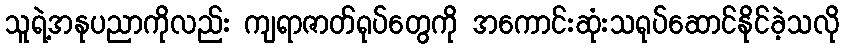
သူရဲ့အနုပညာကိုလည်း ကျရာဇာတ်ရုပ်တွေကို အကောင်းဆုံးသရုပ်ဆောင်နိုင်ခဲ့သလို